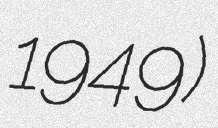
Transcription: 1949)